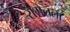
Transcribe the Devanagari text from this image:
रोमेलला